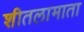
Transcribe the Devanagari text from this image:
शीतलामाता